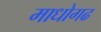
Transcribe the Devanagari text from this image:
माधोगढ